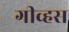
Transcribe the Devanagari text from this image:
गीव्हस